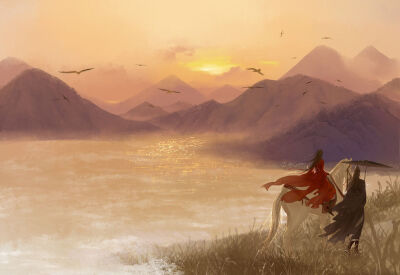
晓看天色暮看云，行也思君，坐也思君。